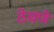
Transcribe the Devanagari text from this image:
ठेचणे